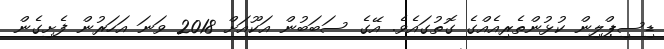
ޑިސިޕްލިން ކުޅުންތެރިއެއްގެ ގޮތުގައެވެ. އޭގެ ސަބަބުން އަކޫއަށް 2018 ވަނަ އަހަރުން ފެށިގެން